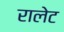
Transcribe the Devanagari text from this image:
रालेट